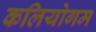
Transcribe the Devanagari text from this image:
कलियोगम